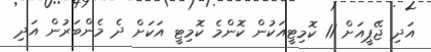
އަދި ޖޭޕީއަށް 11 ކޮމިޓީއަކުން ކޮންމެ ކޮމިޓީ އަކަށް ދެ މެންބަރުން އަދި